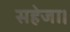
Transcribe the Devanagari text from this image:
सहेजा।